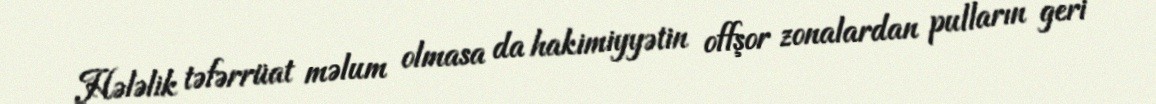
Hələlik təfərrüat məlum olmasa da hakimiyyətin offşor zonalardan pulların geri